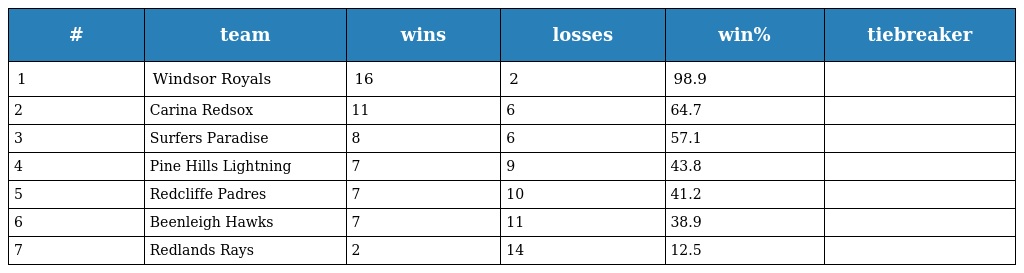
| # | team | wins | losses | win% | tiebreaker |
 | --- | --- | --- | --- | --- | --- |
 | 1 | Windsor Royals | 16 | 2 | 98.9 |  |
 | 2 | Carina Redsox | 11 | 6 | 64.7 |  |
 | 3 | Surfers Paradise | 8 | 6 | 57.1 |  |
 | 4 | Pine Hills Lightning | 7 | 9 | 43.8 |  |
 | 5 | Redcliffe Padres | 7 | 10 | 41.2 |  |
 | 6 | Beenleigh Hawks | 7 | 11 | 38.9 |  |
 | 7 | Redlands Rays | 2 | 14 | 12.5 |  |